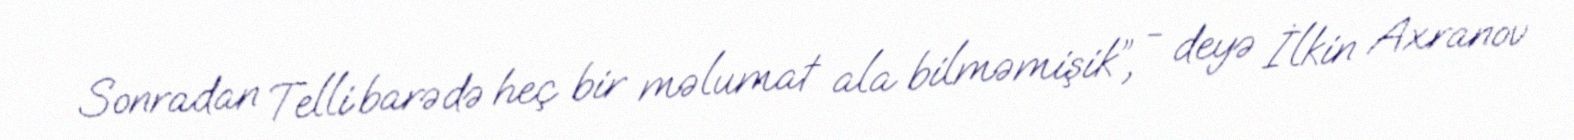
Sonradan Telli barədə heç bir məlumat ala bilməmişik”, - deyə İlkin Axranov